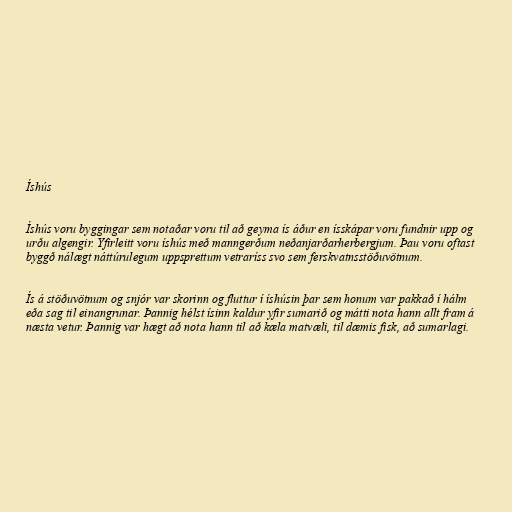
Íshús

Íshús voru byggingar sem notaðar voru til að geyma ís áður en ísskápar voru fundnir upp og
urðu algengir. Yfirleitt voru íshús með manngerðum neðanjarðarherbergjum. Þau voru oftast
byggð nálægt náttúrulegum uppsprettum vetraríss svo sem ferskvatnsstöðuvötnum.

Ís á stöðuvötnum og snjór var skorinn og fluttur í íshúsin þar sem honum var pakkað í hálm
eða sag til einangrunar. Þannig hélst ísinn kaldur yfir sumarið og mátti nota hann allt fram á
næsta vetur. Þannig var hægt að nota hann til að kæla matvæli, til dæmis fisk, að sumarlagi.